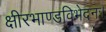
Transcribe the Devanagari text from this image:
क्षीरभाण्डविभेदनः।